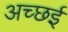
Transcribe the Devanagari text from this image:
अच्छई